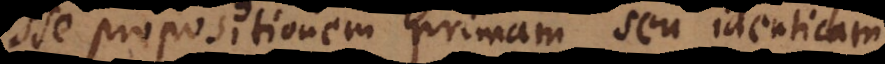
esse propositionem primam seu identicam